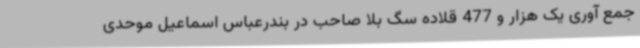
جمع آوری یک هزار و 477 قلاده سگ بلا صاحب در بندرعباس اسماعیل موحدی